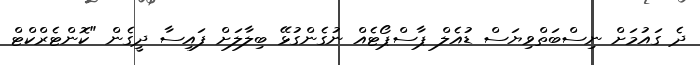
ދެ ގައުމަށް ނިސްބަތްވިޔަސް ޑުއެލް ޕާސްޕޯޓެއް ނުގެންގުޅޭ ބިލާލަށް ފައިސާ ދީގެން "ކޮންޓެރްކްޓް